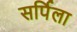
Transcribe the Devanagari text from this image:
सर्पिला